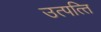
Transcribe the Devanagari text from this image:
उत्पत्‍ति